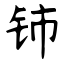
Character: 铈